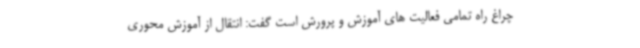
چراغ راه تمامی فعالیت های آموزش و پرورش است گفت: انتقال از آموزش محوری